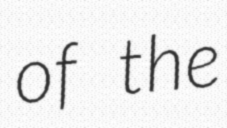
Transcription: of the